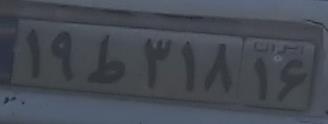
۱۹ط۳۱۸۱۶